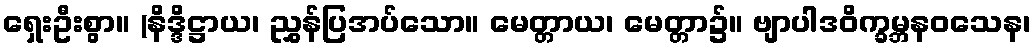
ရှေးဦးစွာ။ (နိဒ္ဒိဋ္ဌာယ၊ ညွှန်ပြအပ်သော။ မေတ္တာယ၊ မေတ္တာ၌။ ဗျာပါဒဝိက္ခမ္ဘနဝသေန၊